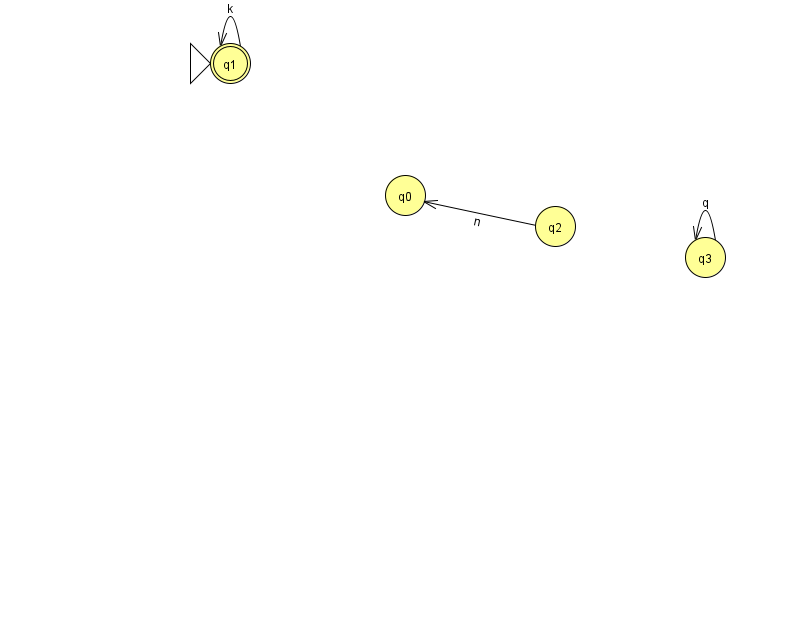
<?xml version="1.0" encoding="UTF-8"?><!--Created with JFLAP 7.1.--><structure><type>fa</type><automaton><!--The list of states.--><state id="0" name="q0"><x>405.0</x><y>182.0</y></state><state id="1" name="q1"><x>230.0</x><y>50.0</y><initial/><final/></state><state id="2" name="q2"><x>555.0</x><y>213.0</y></state><state id="3" name="q3"><x>705.0</x><y>244.0</y></state><!--The list of transitions.--><transition><from>3</from><to>3</to><read>q</read></transition><transition><from>1</from><to>1</to><read>k</read></transition><transition><from>2</from><to>0</to><read>n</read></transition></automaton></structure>